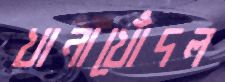
খানাখোঁদল